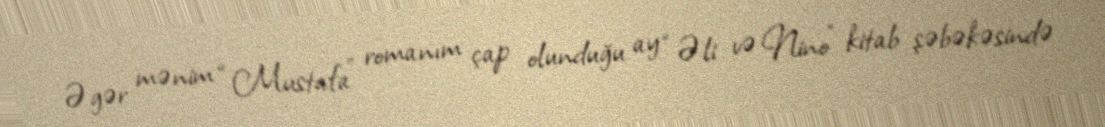
Əgər mənim “Mustafa” romanım çap olunduğu ay “Əli və Nino” kitab şəbəkəsində